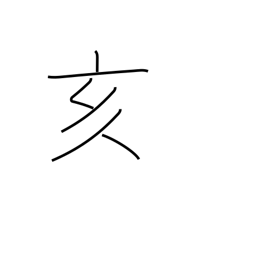
Meaning: 9-11PM